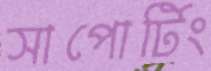
সাপোর্টিং